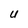
Character: U